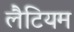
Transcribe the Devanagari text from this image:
लैटियम